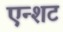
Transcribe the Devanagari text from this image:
एन्शट